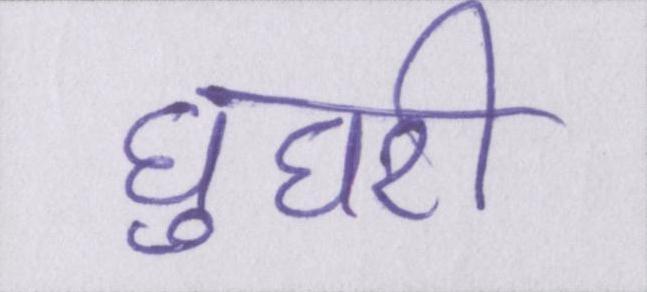
घुघरी